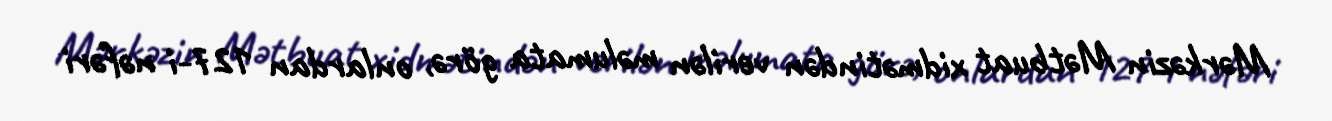
Mərkəzin Mətbuat xidmətindən verilən məlumata görə, onlardan 127-i nəfəri